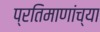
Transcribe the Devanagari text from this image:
प्रतिमाणांच्या